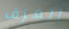
العزف